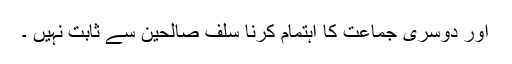
اور دوسری جماعت کا اہتمام کرنا سلف صالحین سے ثابت نہیں ۔